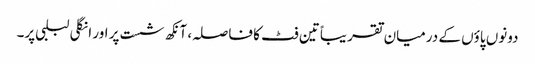
دونوں پاؤں کے درمیان تقریباً تین فٹ کا فاصلہ، آنکھ شست پر اور انگلی لبلبی پر۔